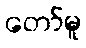
တော်မူ